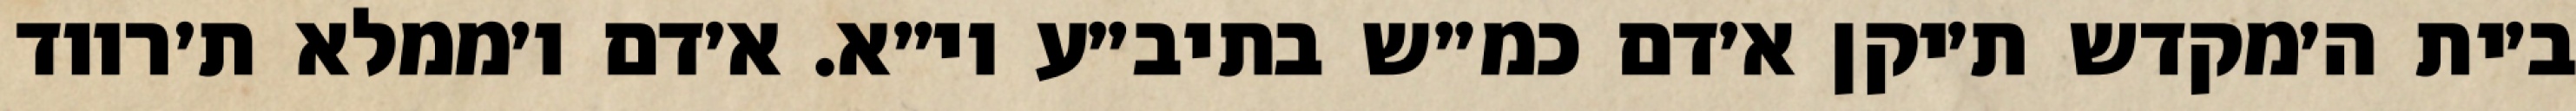
ב׳ית ה׳מקדש ת׳יקן א׳דם כמ״ש בתיב״ע וי״א. א׳דם ו׳ממלא ת׳רווד